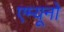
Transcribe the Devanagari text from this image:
एम्यूनो